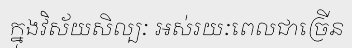
ក្នុងវិស័យសិល្បៈ អស់រយៈពេលជាច្រើន